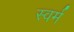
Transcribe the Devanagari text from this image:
स्वर्म